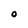
Character: O